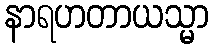
နာရဟတာယသ္မာ